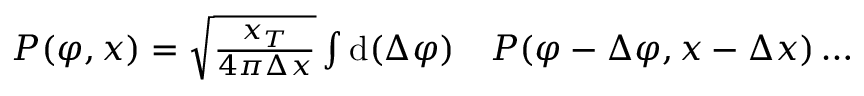
\begin{array} { r l } { P ( \varphi , x ) = \sqrt { \frac { x _ { T } } { 4 \pi \Delta x } } \int \mathrm { d } ( \Delta \varphi ) } & { { } P ( \varphi - \Delta \varphi , x - \Delta x ) \dots } \end{array}